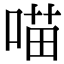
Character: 喵